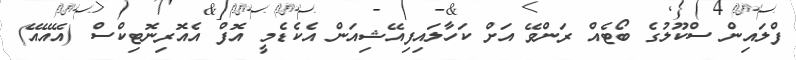
ފްލައިން ސްކޫލުގެ ބޯޓެއް ރަންވޭ އަށް ކަހާލައިފިއޭޝިއަން އެކެޑެމީ އޮފް އެއޮރިނޮޓިކްސް (އޭއޭއޭ)